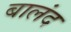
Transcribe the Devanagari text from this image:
बालंद